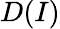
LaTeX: D(I)